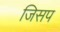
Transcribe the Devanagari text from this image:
जिसप